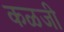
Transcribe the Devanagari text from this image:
कळजी